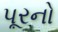
પૂરનો